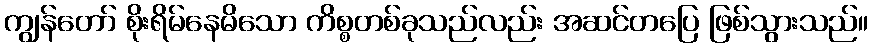
ကျွန်တော် စိုးရိမ်နေမိသော ကိစ္စတစ်ခုသည်လည်း အဆင်တပြေ ဖြစ်သွားသည်။